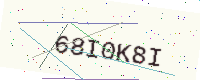
Text: 68I0K8I